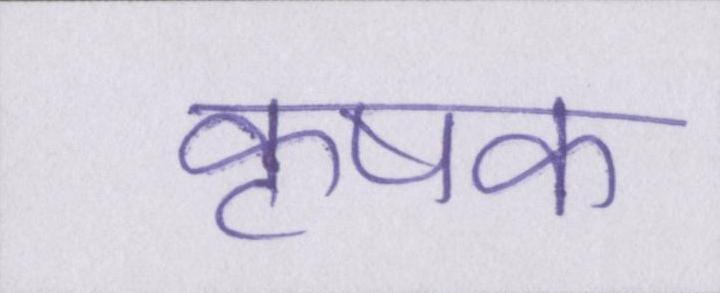
कृषक